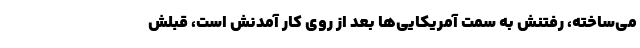
می‌ساخته، رفتنش به سمت آمریکایی‌ها بعد از روی کار آمدنش است، قبلش